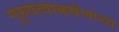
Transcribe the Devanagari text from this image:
गुरुवत्वाकर्षणाचा